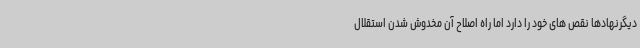
دیگرنهادها نقص های خود را دارد اما راه اصلاح آن مخدوش شدن استقلال